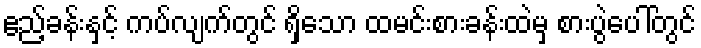
ဧည့်ခန်းနှင့် ကပ်လျက်တွင် ရှိသော ထမင်းစားခန်းထဲမှ စားပွဲပေါ်တွင်